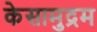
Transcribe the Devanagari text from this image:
केसामुद्रम